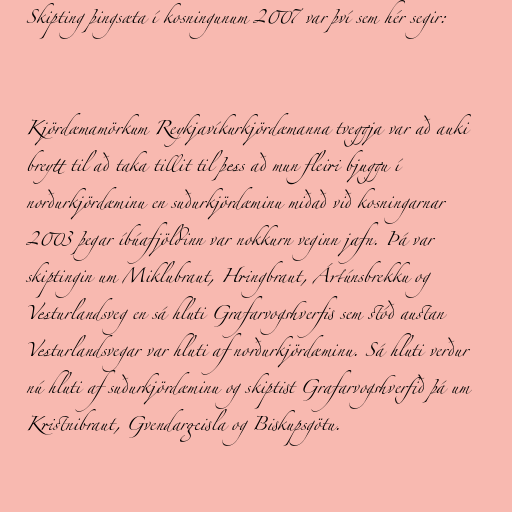
Skipting þingsæta í kosningunum 2007 var því sem hér segir:

Kjördæmamörkum Reykjavíkurkjördæmanna tveggja var að auki
breytt til að taka tillit til þess að mun fleiri bjuggu í
norðurkjördæminu en suðurkjördæminu miðað við kosningarnar
2003 þegar íbúafjöldinn var nokkurn veginn jafn. Þá var
skiptingin um Miklubraut, Hringbraut, Ártúnsbrekku og
Vesturlandsveg en sá hluti Grafarvogshverfis sem stóð austan
Vesturlandsvegar var hluti af norðurkjördæminu. Sá hluti verður
nú hluti af suðurkjördæminu og skiptist Grafarvogshverfið þá um
Kristnibraut, Gvendargeisla og Biskupsgötu.